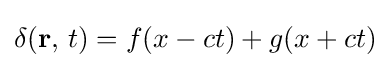
\delta (\mathbf {r} ,\,t)=f(x-ct)+g(x+ct)